Report on vaccination in Madras 1922-1929 - 1922-1929
Year: 1922
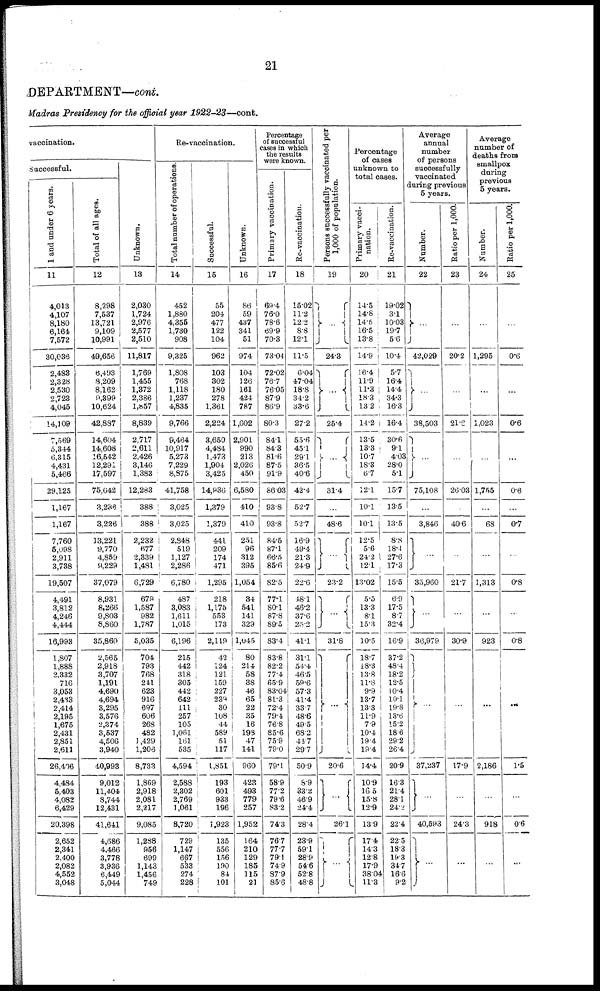
21
DEPARTMENT—cont.
Madras Presidency for the official year
1922-23—cont.
vaccination.
Successful.
1 and under 6 years.
11
4,013
4,107
8,180
6,164
7,572
30,036
2,488
2,328
2,530
2,723
4,045
14,109
7,569
5,344
6,315
4,431
5,466
29,125
1,167
1,167
7,760
5,098
2,911
3,738
19,507
4,491
3,812
4,246
4,444
16,993
1,807
1,888
2,332
716
3,953
2,433
2,414
2,195
1,675
2,431
2,851
2,611
26,406
4,484
5,403
4,082
6,429
20,398
2,652
2,341
2,400
2,082
4,552
3,048
Total of all ages.
12
8,298
7,537
13,721
9,109
10,991
49,656
6,493
8,209
8,162
9,399
10,624
42,887
14,604
14,608
16,542
12,291
17,597
75,642
3,236
3,236
13,221
9,770
4,859
9,229
37,079
8,931
8,266
9,803
8,860
35,860
2,565
2,918
3,707
1,191
4,690
4,694
3,295
3,576
2,374
3,537
4,506
3,940
40,993
9,012
11,404
8,744
12,431
41,641
4,686
4,466
3,778
3,936
6,449
5,044
Unknown.
13
2,030
1,724
2,976
2,577
2,510
11,817
1,769
1,455
1,372
2,386
1,857
8,839
2,717
2,611
2,426
3,146
1,383
12,283
388
388
2,232
677
2,339
1,481
6,729
679
1,587
982
1,787
5,035
704
793
768
241
623
916
697
606
268
482
1,429
1,208
8,733
1,869
2,918
2,081
2,217
9,085
1,288
956
699
1,143
1,456
749
Re-vaccination.
Total number of operations.
14
452
1,880
4,355
1,730
908
9,325
1,808
768
1,118
1,237
4,835
9,766
9,464
10,917
5,273
7,229
8,875
41,758
3,025
3,025
2,848
519
1,127
2,286
6,780
487
3,083
1,611
1,015
6,196
215
442
318
305
442
642
111
257
105
1,061
161
535
4,594
2,588
2,302
2,769
1,061
8,720
729
1,147
667
533
274
228
Successful.
15
55
204
477
122
104
962
103
302
180
278
1,361
2,224
3,650
4,484
1,473
1,904
3,425
14,936
1,379
1,379
441
209
174
471
1,295
218
1,175
553
173
2,119
42
124
121
159
227
239
30
108
44
589
51
117
1,851
193
601
933
196
1,923
135
556
156
190
84
101
Unknown.
16
86
59
437
341
51
974
104
126
161
424
787
1,602
2,901
990
213
2,026
450
6,580
410
410
251
96
312
395
1,054
34
541
141
329
1,045
80
214
58
38
46
65
22
35
16
198
47
141
960
423
493
779
257
1,952
164
210
129
185
115
21
Percentage
of successful
cases in which
the results
were known.
Primary vaccination.
17
69.4
76.0
78.6
69.9
70.3
73.04
72.02
76.7
76.05
87.9
86.9
80.3
84.1
84.3
81.6
87.5
91.9
86.03
93.8
93.8
84.5
87.1
66.5
85.6
82.5
77.1
80.1
87.8
89.5
83.4
83.8
82.2
77.4
65.9
83.04
81.3
72.4
79.4
76.8
85.6
75.9
79.0
79.1
58.9
77.2
79.6
83.2
74.3
76.7
77.7
79.1
74.9
87.9
85.6
Re-vaccination.
18
15.02
11.2
12.2
8.8
12.1
11.5
6.04
47.04
18.8
34.2
33.6
272
55.6
45.1
29.1
36.5
40.6
42.4
52.7
52.7
16.9
49.4
21.3
24.9
22.6
48.1
46.2
37.6
25.2
41.1
31.1
54.4
46.5
59.6
57.3
41.4
33.7
48.6
49.5
68.2
44.7
29.7
50.9
8.9
33.2
46.9
24.4
28.4
23.9
59.1
28.9
54.6
52.8
48.8
Persons successfully vaccinated per
1,000 of population.
19
...
24.3
...
25.4
...
31.4
...
48.6
...
23.2
...
31.8
...
20.6
...
26.1
...
Percentage
of cases
unknown to
total cases.
Primary vacci-
nation.
20
14.5
14.8
14.5
16.5
13.8
14.9
16.4
11.9
11.3
18.3
13.2
14.2
13.5
13.3
10.7
18.3
6.7
12.1
10.1
10.1
12.5
5.6
24.2
12.1
13.02
5.5
13.3
8.1
15.3
10.5
18.7
18.3
13.8
11.8
9.9
13.7
13.3
11.9
7.9
10.4
19.4
19.4
14.4
10.9
16 5
15.8
12.9
13.9
17.4
14.3
12.8
17.9
38.04
11.3
Re-vaccination.
21
19.02
3.1
10.03
19.7
5.6
10.4
5.7
16.4
14.4
34.3
16.3
16.4
30.6
9.1
4.03
28.0
5.1
15.7
13.5
13.5
8.8
18.4
27.6
17.3
15.5
6.9
17.5
8.7
32.4
16.9
37.2
48.4
18.2
12.5
10.4
10.1
19.8
13.6
15.2
18.6
29.2
26.4
209
16.3
21.4
28.1
24.2
22.4
22.5
18.3
19.3
34.7
16.6
9.2
Average
annual
number
of persons
successfully
vaccinated
during previous
5 years.
Number.
22
...
42,029
...
38,503
...
75,108
...
3,846
...
35,960
...
36,979
...
37,237
...
40,593
...
Ratio per 1,000.
23
...
20.2
...
21.6
...
26.03
...
40.6
...
21.7
...
30.9
...
17.9
...
24.3
...
Average
number of
deaths from
smallpox
during
previous
5 years.
Number.
24
...
1,295
...
1,023
...
1,755
...
68
...
1,313
...
923
...
2,186
...
918
...
Ratio per 1,000.
25
...
0.6
...
0.6
...
0.6
...
0.7
...
0.8
...
0.8
...
1.5
...
0.6
...